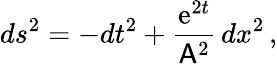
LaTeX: ds^{2}=-dt^{2}+\frac{\mathrm{e}^{2t}}{\mathsf{A}^{2}}\, dx^{2}\, ,